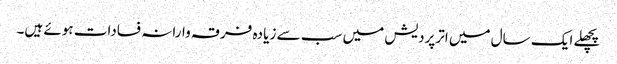
پچھلے ایک سال میں اترپردیش میں سب سے زیا دہ فرقہ وارانہ فسادات ہوئے ہیں۔